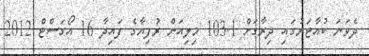
ދެވަނަ ކުއާޓަރުގައި ދިރާގަށް 103.1 މިލިއަން ރުފިޔާގެ ފައިދާ 16 އޯގަސްޓް 2012